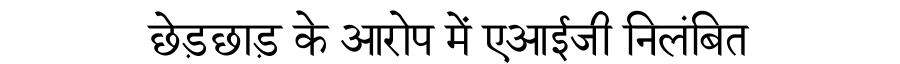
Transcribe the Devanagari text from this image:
छेड़छाड़ के आरोप में एआईजी निलंबित